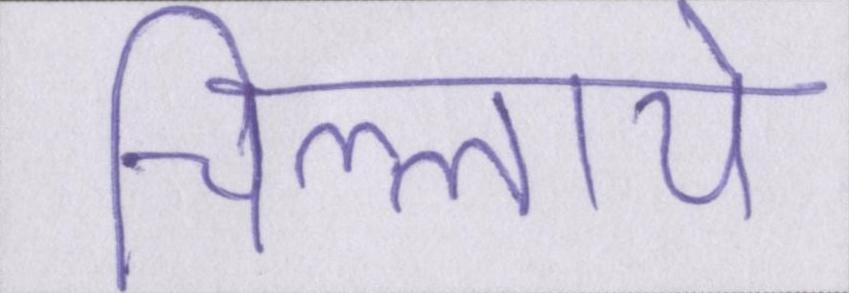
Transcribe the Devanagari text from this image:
चिल्लाये